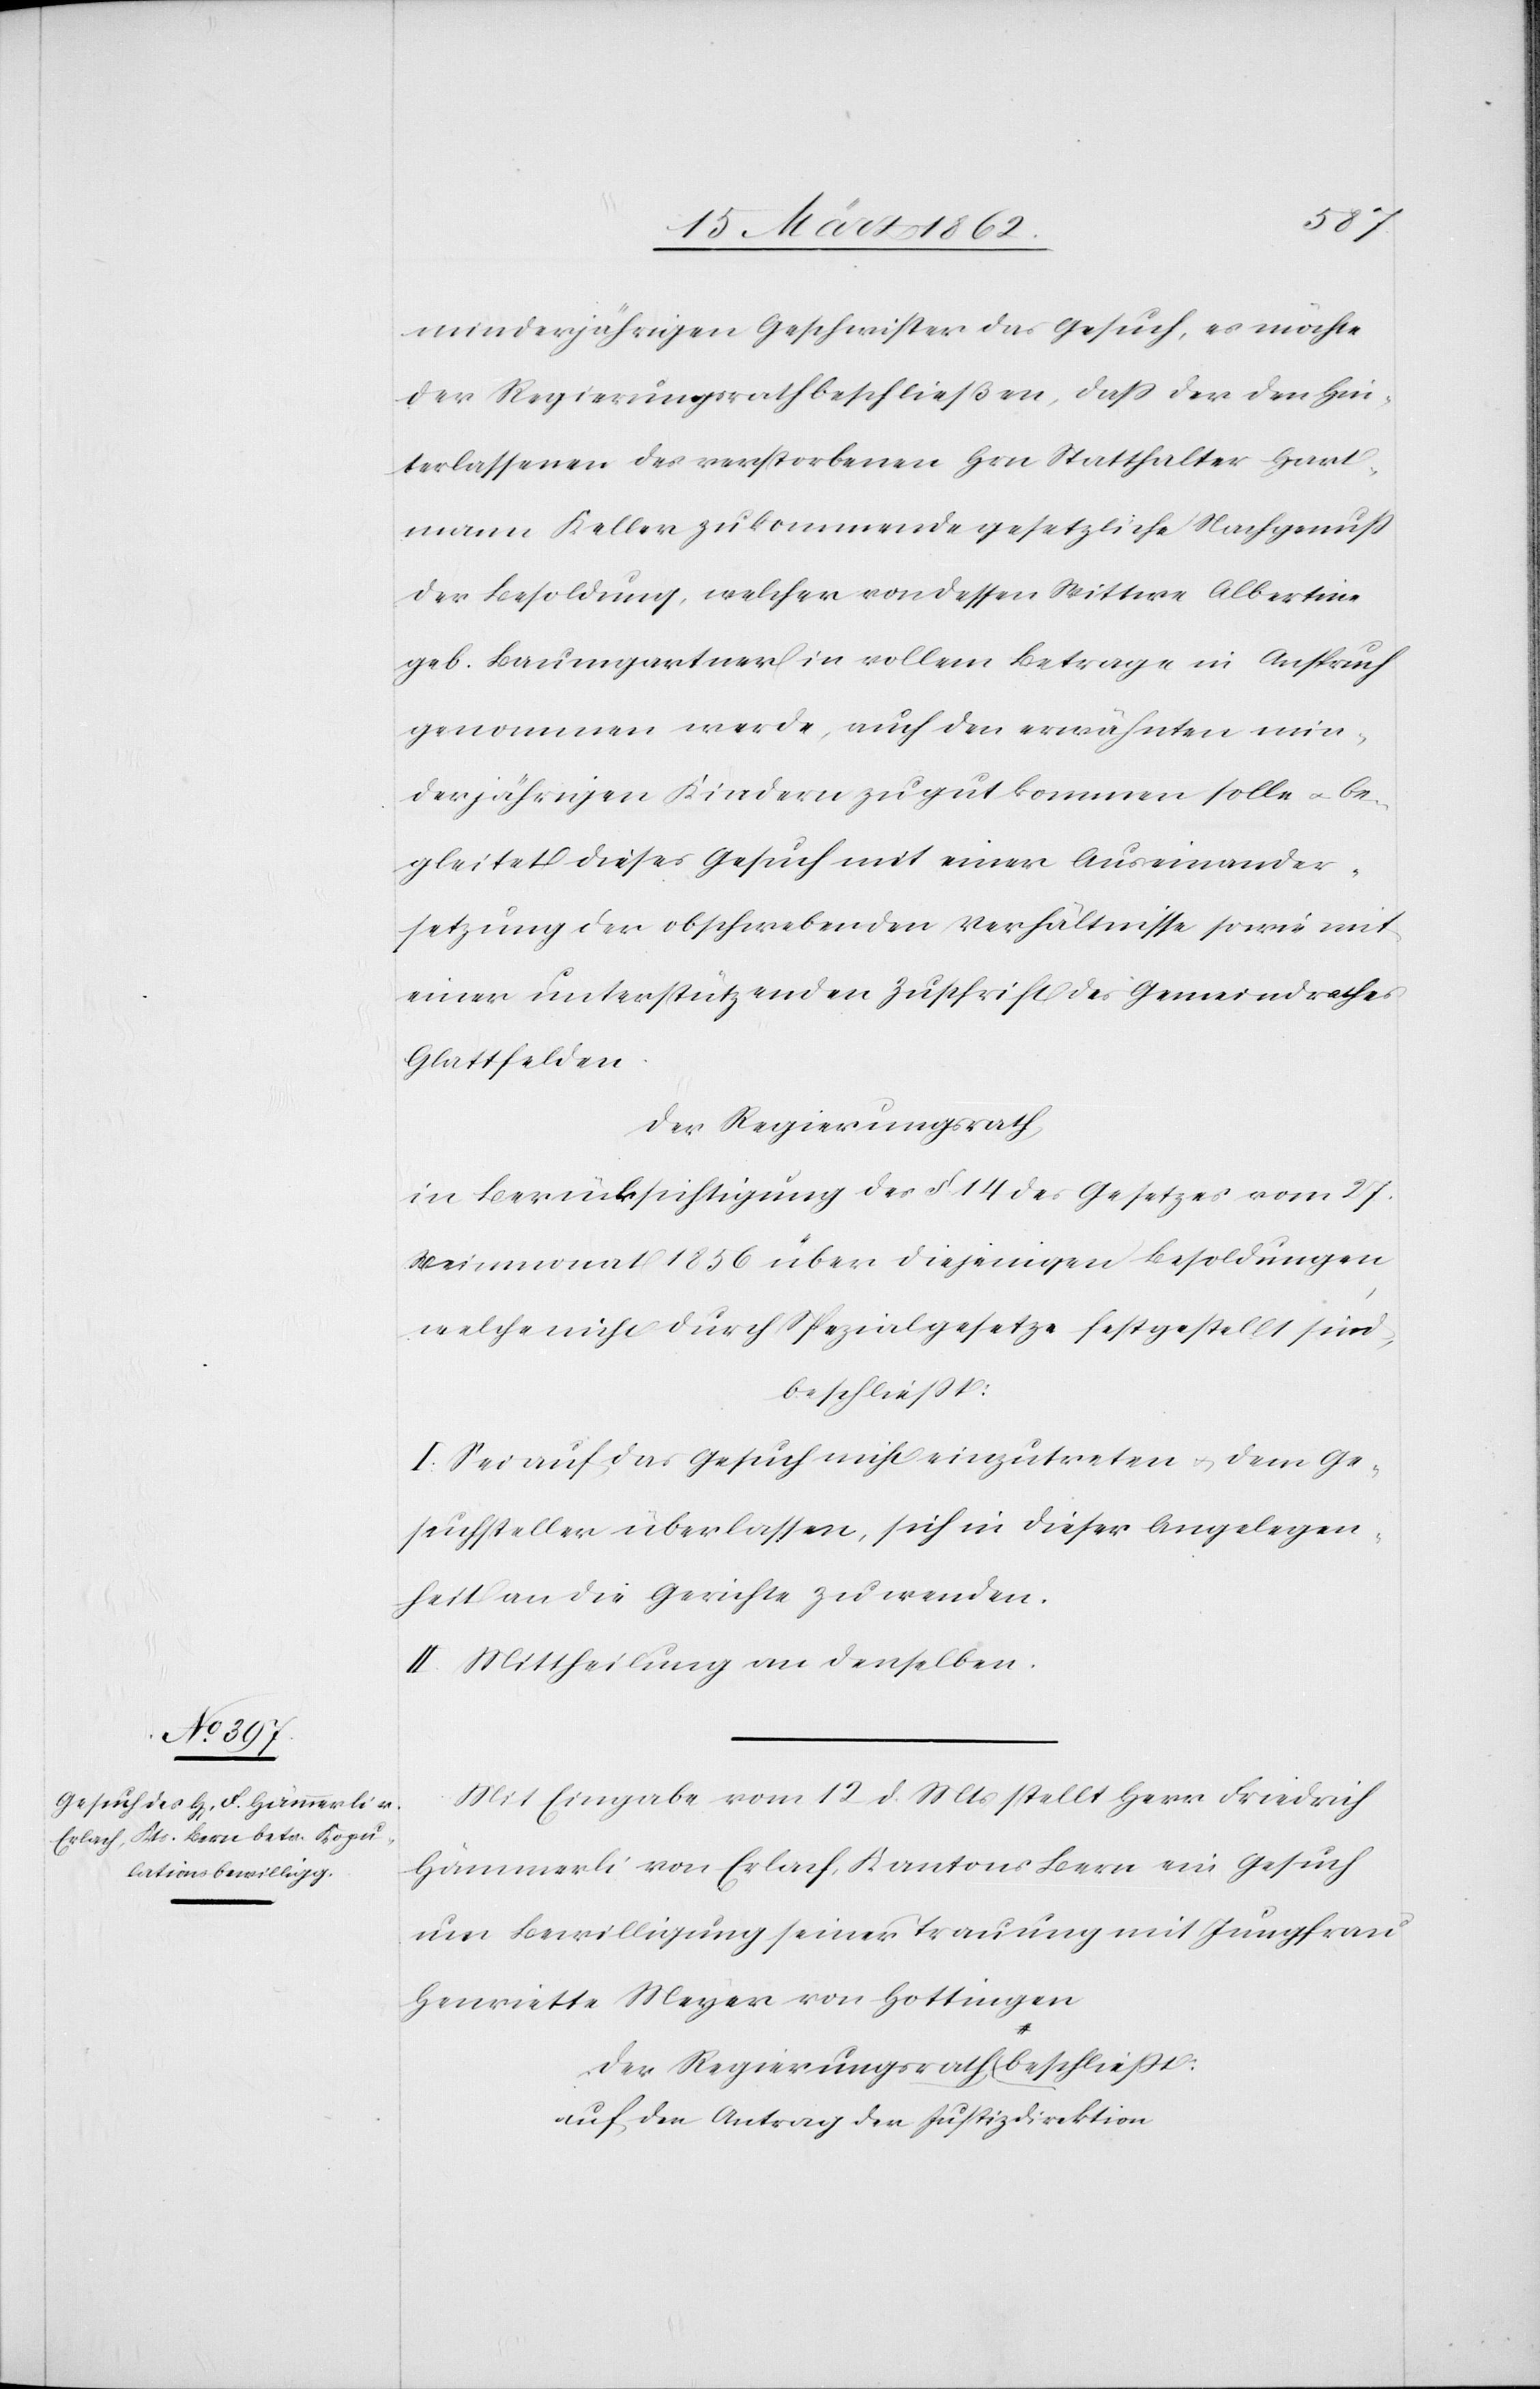
minderjährigen Geschwister das Gesuch, es möchte
der Regierungsrath beschließen, daß der den Hin¬
terlassenen des verstorbenen Hrn Statthalter Hart¬
mann Keller zukommende gesetzliche Nachgenuß
der Besoldung, welcher von dessen Wittwe Albertine
geb. Baumgartner in vollem Betrage in Anspruch
genommen werde, auch den erwähnten min¬
derjährigen Kindern zu gut kommen solle & be¬
gleitet dieses Gesuch mit einer Auseinander¬
setzung der obschwebenden Verhältnisse sowie mit
einer unterstützenden Zuschrift des Gemeindrathes
Glattfelden.
Der Regierungsrath,
in Berücksichtigung des §. 14 des Gesetzes vom 27.
Weinmonat 1856 über diejenigen Besoldungen,
welche nicht durch Spezialgesetze festgestellt sind,
beschließt:
I. Sei auf das Gesuch nicht einzutreten u. dem Ge¬
suchsteller überlassen, sich in dieser Angelegen¬
heit an die Gerichte zu wenden.
II. Mittheilung an denselben.
Mit Eingabe vom 12 d. Mts. stellt Herr Friedrich
Hämmerli von Erlach, Kantons Bern ein Gesuch
um Bewilligung seiner Trauung mit Jungfrau
Henriette Meyer von Hottingen
a-auf den Antrag der Justizdirektion-a